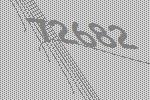
72682